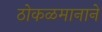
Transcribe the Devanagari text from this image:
ठोकळमानाने